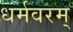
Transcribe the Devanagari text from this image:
धर्मवरम्